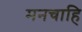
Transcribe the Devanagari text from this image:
मनचाहि